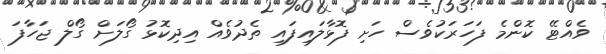
ވެއްޓޭ ކޮންމެ ފަހަރަކުވެސް ހަށި ފޮޅާލައިފައި ތެދުވެއް އިދިކޮޅު ގޯލަށް ގޯލް ޖަހާފަ